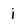
Character: j